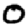
Digit: 0